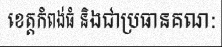
ខេត្តកំពង់ធំ និងជាប្រធានគណ: